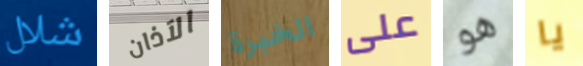
شلال الآذان الخبرة على هو يا